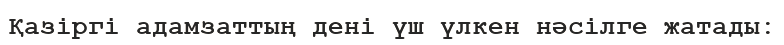
Қазіргі адамзаттың дені үш үлкен нәсілге жатады: